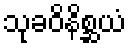
သုခဝိနိစ္ဆယံ